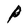
Character: P